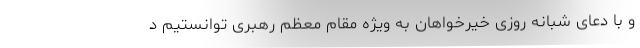
و با دعای شبانه روزی خیرخواهان به ویژه مقام معظم رهبری توانستیم د